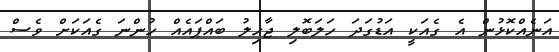
އަނެއްކޮޅުން އެ ގެއަކީ އަޑުގަދަ ހަލަބޮލި ޖާހިލު ބައްޕައެއް ހުންނަ ގެއަކަށް ވެސް